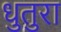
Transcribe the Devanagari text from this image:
धुतुरा